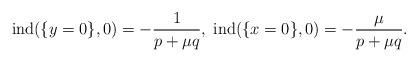
LaTeX: \begin{align*}\mathrm{ind}(\{y=0\},0)=-\frac{1}{p+\mu q},\;\mathrm{ind}(\{x=0\},0)=-\frac{\mu}{p+\mu q}.\end{align*}